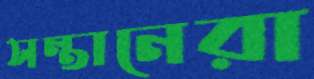
সন্তানেরা